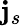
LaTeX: {\mathbf j}_{s}